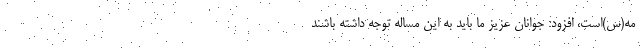
مه(س)است، افزود: جوانان عزیز ما باید به این مساله توجه داشته‌ باشند